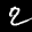
Label: 2